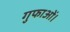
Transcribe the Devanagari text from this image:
गुफाओं।